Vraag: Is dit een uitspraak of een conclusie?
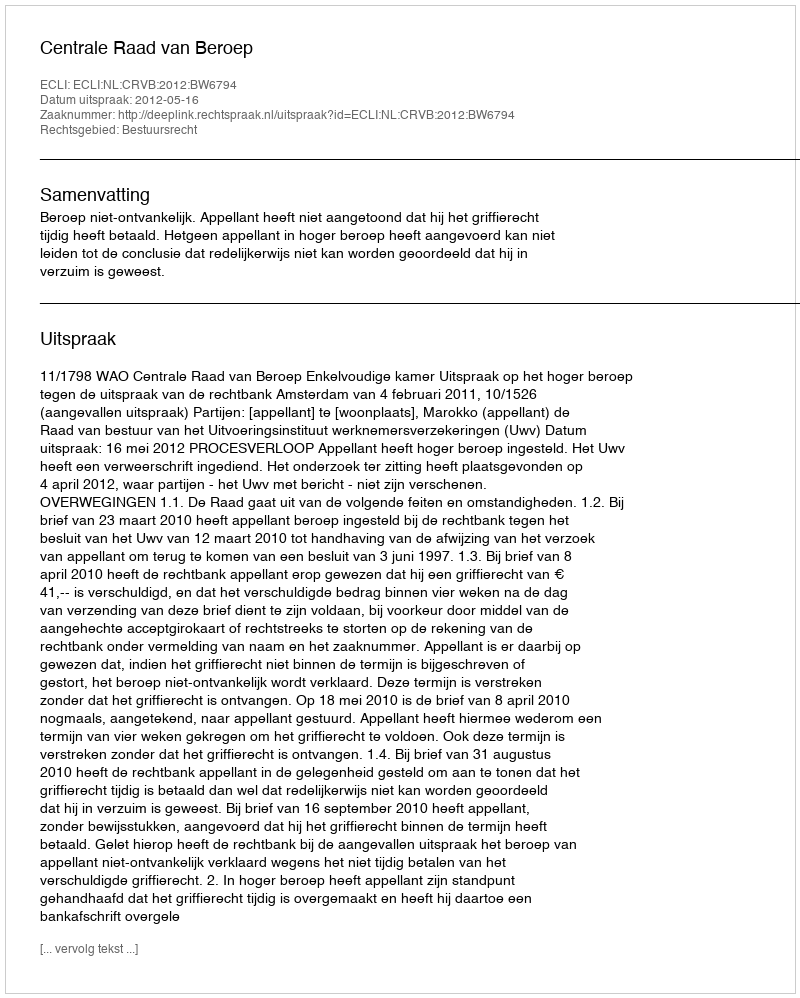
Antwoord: Uitspraak